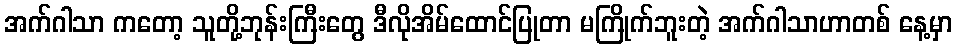
အက်ဂါသာ ကတော့ သူတို့ဘုန်းကြီးတွေ ဒီလိုအိမ်ထောင်ပြုတာ မကြိုက်ဘူးတဲ့ အက်ဂါသာဟာတစ် နေ့မှာ